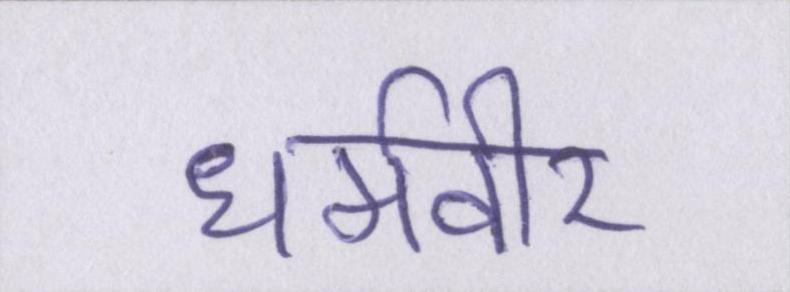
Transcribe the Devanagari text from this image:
धर्मवीर